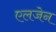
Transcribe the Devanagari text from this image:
एलजेन